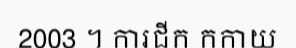
2003 ។ ការជីក កកាយ